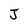
Character: J